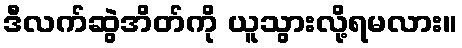
ဒီလက်ဆွဲအိတ်ကို ယူသွားလို့ရမလား။